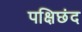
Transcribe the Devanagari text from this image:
पक्षिछंद